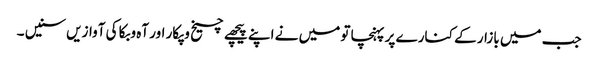
جب میں بازار کے کنارے پر پہنچا تو میں نے اپنے پیچھے چیخ وپکار اور آہ وبکا کی آوازیں سنیں ۔